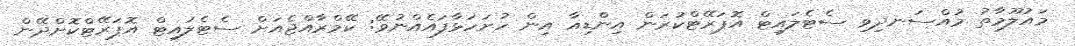
މައުލޫމާތު މުއްސަނދިވި ސެޓެލައިޓް އޮޕަރޭޓްކުރަން އިންޑިއާ އިން ހުށަހަޅާފައެއްނުވޭ: ކޭމްރާއްޖެއަށް ސެޓެލައިޓް އޮޕަރޭޓްކޮށްދޭން